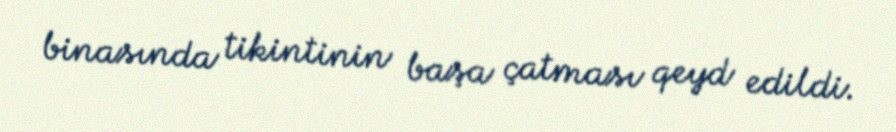
binasında tikintinin başa çatması qeyd edildi.